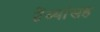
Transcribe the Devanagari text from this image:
टेंब्यांसह